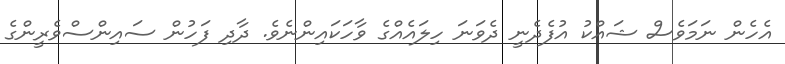
އެހެން ނަމަވެސް ޝައްކު އުފެދެނީ ދެވަނަ ހިލައެއްގެ ވާހަކައިންނެވެ. ދާދި ފަހުން ސައިންސްވެރީންގެ